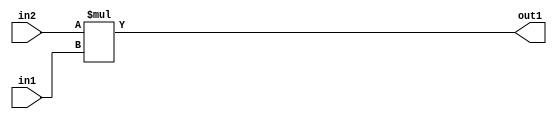
`timescale 1ps / 1ps
/*****************************************************************************
    Verilog RTL Description
    
    
    Created by: Stratus DpOpt 2019.1.01 
*******************************************************************************/

module SobelFilter_Mul_10Ux8U_18U_4 (
	in2,
	in1,
	out1
	); /* architecture "behavioural" */ 
input [9:0] in2;
input [7:0] in1;
output [17:0] out1;
wire [17:0] asc001;

assign asc001 = 
	+(in2 * in1);

assign out1 = asc001;
endmodule

/* CADENCE  ubD4Qw0= : u9/ySgnWtBlWxVPRXgAZ4Og= ** DO NOT EDIT THIS LINE ******/